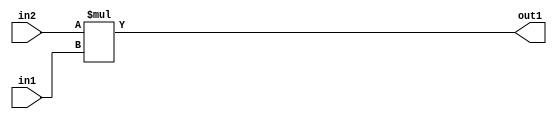
`timescale 1ps / 1ps
/*****************************************************************************
    Verilog RTL Description
    
    
    Created by: Stratus DpOpt 2019.1.01 
*******************************************************************************/

module SobelFilter_Mul_10Ux8U_18U_4 (
	in2,
	in1,
	out1
	); /* architecture "behavioural" */ 
input [9:0] in2;
input [7:0] in1;
output [17:0] out1;
wire [17:0] asc001;

assign asc001 = 
	+(in2 * in1);

assign out1 = asc001;
endmodule

/* CADENCE  ubD4Qw0= : u9/ySgnWtBlWxVPRXgAZ4Og= ** DO NOT EDIT THIS LINE ******/